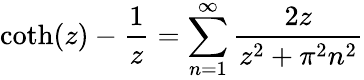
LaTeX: \coth(z)-{\frac{1}{z}}=\sum_{n=1}^{\infty}{\frac{2z}{z^{2}+\pi^{2}n^{2}}}